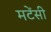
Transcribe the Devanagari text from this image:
मटेंसी